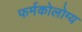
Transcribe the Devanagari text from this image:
फर्मकोलोग्य